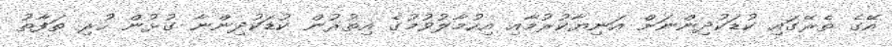
އޭގެ ތެރޭގައި ކުޑަކުދިންނަށް އަނިޔާކުރުމާއި އިހުމާލުވުމުގެ އިތުރުން ކުޑަކުދިންނާ ގުޅުން ހުރި ތަފާތު